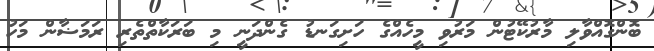
ބޮންގޮއްވާލި މާރުކޭޓުން މަރުވި މީހެއްގެ ހަށިގަނޑު ގެންދަނީ މި ބަރަކާތްތެރި ރަމަޟާން މަހު